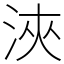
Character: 浹